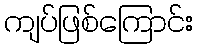
ကျပ်ဖြစ်ကြောင်း